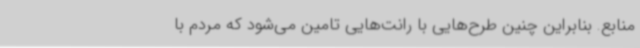
منابع. بنابراین چنین طرح‌هایی با رانت‌هایی تامین می‌شود که مردم با